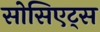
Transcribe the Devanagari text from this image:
सोसिएट्स